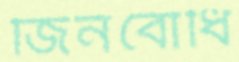
জিনবোধি